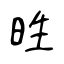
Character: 甠